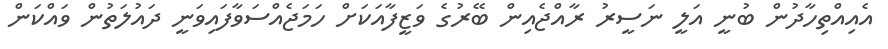
އެއިއްތިހާދުން ބުނީ އަލީ ނަސީރު ރާއްޖެއިން ބޭރުގެ ވަޒީފާއަކަށް ހަމަޖެއްސަވާފައިވަނީ ދައުލަތުން ވައްކަން